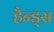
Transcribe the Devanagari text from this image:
हैन्ड्स